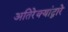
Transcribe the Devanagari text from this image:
अतिरेक्यांद्वारे